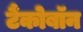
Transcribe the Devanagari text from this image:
टैंकोबाॅन